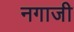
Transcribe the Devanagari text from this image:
नगाजी